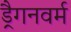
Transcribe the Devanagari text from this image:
ड्रैगनवर्म